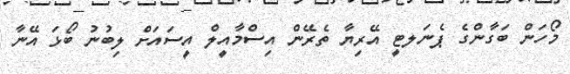
މޯހަން ބަގާންގެ ޕެނަލޓީ އޭރިޔާ ތެރޭން އިސްމާއީލް އީސައަށް ލިބުނު ބޯޅަ އޭނާ